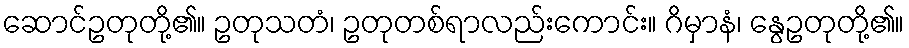
ဆောင်ဥတုတို့၏။ ဥတုသတံ၊ ဥတုတစ်ရာလည်းကောင်း။ ဂိမှာနံ၊ နွေဥတုတို့၏။